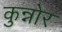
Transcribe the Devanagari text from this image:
कुन्नोर